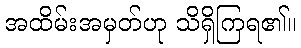
အထိမ်းအမှတ်ဟု သိရှိကြရ၏။